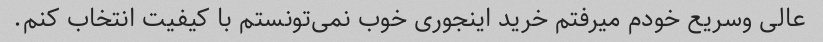
عالی و‌سریع خودم میرفتم خرید اینجوری خوب نمی‌تونستم با کیفیت انتخاب کنم.